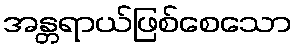
အန္တရာယ်ဖြစ်စေသော